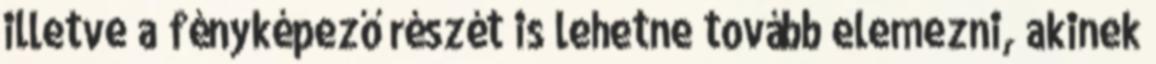
illetve a fényképező részét is lehetne tovább elemezni, akinek